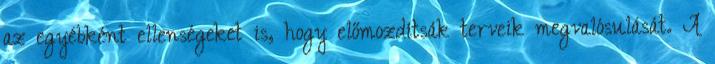
az egyébként ellenségeket is, hogy előmoz­dít­sák terveik megvalósulását. A